Civil Veterinary Dept. Bombay admin report 1907-1913 - 1907-1913
Year: 1907
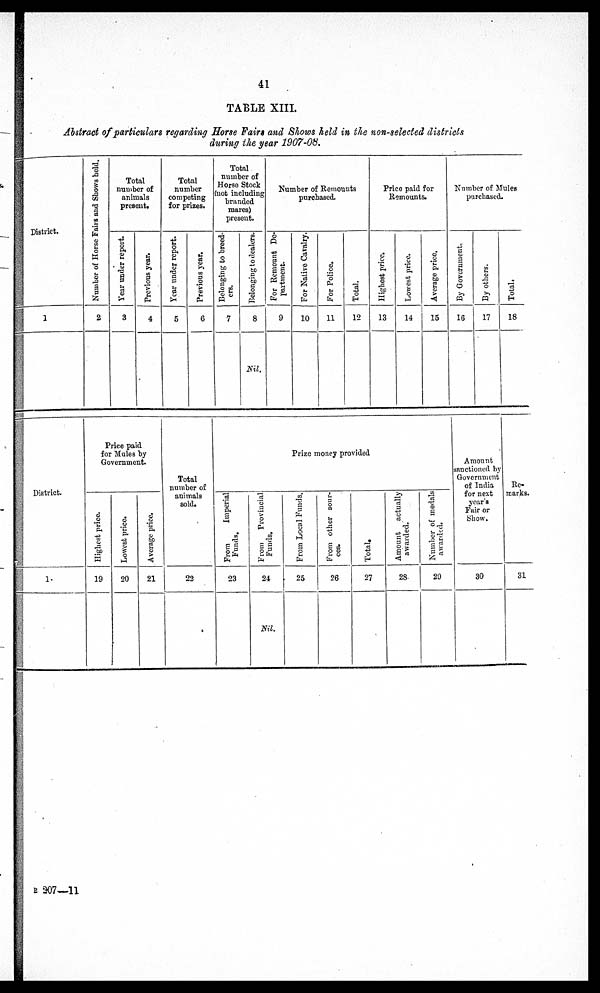
41
TABLE XIII.
Abstract of particulars regarding Horse Fairs and Shows held in the non-selected districts
during the year 1907-08.
District.
1
Number
of Horse Fairs and Shows hold.
2
Total
number of
animals
present.
Year under report.
3
Previous year.
4
Total
number
competing
for prizes.
Year under report.
5
Previous year.
6
Total
number of
Horse Stock
(not including
branded
mares)
present.
Belonging to breed-
ers.
7
Belonging to dealers.
8
Nil.
Number of Remounts
purchased.
For Remount De-
partment.
9
For Native Cavalry.
10
For Police.
11
Total.
12
Price paid for
Remounts.
Highest price.
13
Lowest price.
14
Average price.
15
Number of Mules
purchased.
By Government.
16
By others.
17
Total.
18
District
1.
Price paid
for Mules by
Government.
Highest price.
19
Lowest price.
20
Average price.
21
Total
number of
animals
sold.
22
Prize money provided
From
Imperial
Funds.
23
From
Provincial
Funds.
24
Nil.
From Local Funds.
25
From other sour-
ces.
26
Total.
27
Amount actually
awarded.
28
Number
of medals
awarded.
29
Amount
sanctioned by
Government
of India
for next
year's
Fair or
Show.
30
Re-
marks.
31
B 207—11